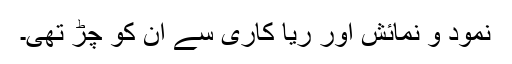
نمود و نمائش اور ریا کاری سے ان کو چڑ تھی۔